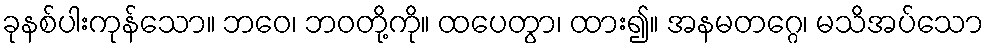
ခုနစ်ပါးကုန်သော။ ဘဝေ၊ ဘဝတို့ကို။ ထပေတွာ၊ ထား၍။ အနမတဂ္ဂေ၊ မသိအပ်သော